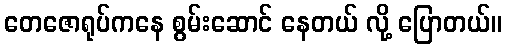
တေဇောရုပ်ကနေ စွမ်းဆောင် နေတယ် လို့ ပြောတယ်။